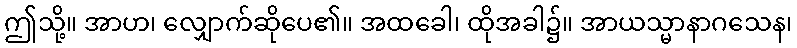
ဤသို့။ အာဟ၊ လျှောက်ဆိုပေ၏။ အထခေါ၊ ထိုအခါ၌။ အာယသ္မာနာဂသေန၊